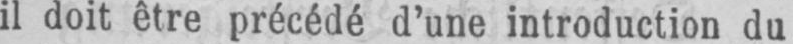
il doit être précédé d’une introduction du